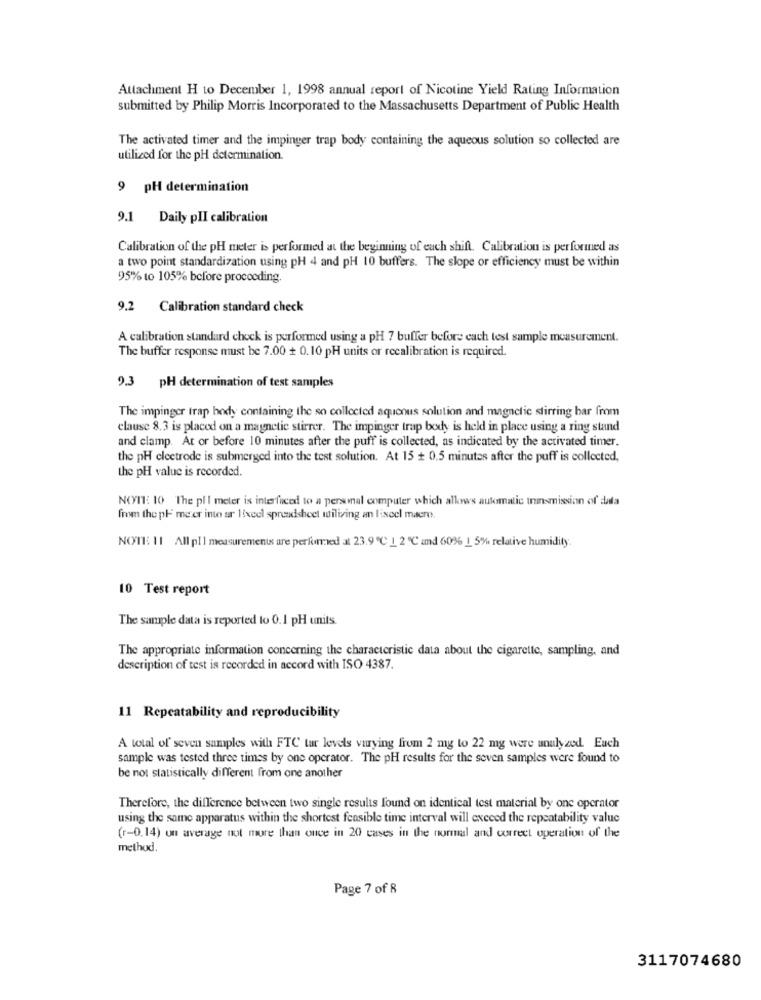
Attachment H to December 1, 1998 annual report of Nicotine Yield Rating Information
submitted by Philip Morris Incorporated to the Massachusetts Department of Public Health
The activated timer and the impinger trap body containing the aqueous solution so collected are
utilized for the pH determination.
9 pH determination
9.1 Daily plI calibration
Calibration of the pH meter is performed at the beginning of each shift. Calibration is performed as
a two point standardization using pH 4 and pH 10 buffers. The slope or efficiency must be within
95% to 105% before proceeding.
9.2 Calibration standard check
A calibration standard chock is performed using a pH 7 buffer before cach test sample measurement.
The buffer response must be 7.00 + 0.10 pH units or recalibration is required.
9.3 pH determination of test samples
The impinger trap body containing the so collected aqueous solution and magnetic stirring bar from
clause 8.3 is placed on a magnetic stirrer. The impinger trap body is held in place using a ring stand
and clamp. At or before 10 minutes after the puff is collected, as indicated by the activated timer.
the pH electrode is submerged into the test solution. At 15 + 0.5 minutes after the puff is collected,
the pH value is recorded.
NOTE: 10 The pll meter is interfaced to a personal computer which allows automatic transmission of data
from the ph meer into ar lixeel spreadsheet utilizing an liseel macre.
NOTE 11 All pll measurements are performed at 23.9 ℃ 1 2 ℃ and 60% 1 5% relative humidity.
10 Test report
The sample data is reported to 0.1 pH units.
The appropriate information concerning the characteristic data about the cigarette, sampling, and
description of test is recorded in accord with ISO 4387.
11 Repeatability and reproducibility
A total of seven samples with FTC tar levels varying from 2 mg to 22 mg were unulyzod. Euch
sample was tested three times by one operator. The pH results for the seven samples were found to
be not statistically different from one another
Therefore, the difference between two single results found on identical test material by one operator
using the same apparatus within the shortest feasible time interval will exceed the repeatability value
(r-0.14) un average not more than once in 20 cases in the normal and correct operation of the
method.
Page 7 of 8
3117074680